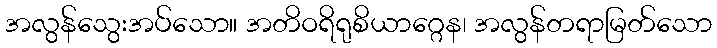
အလွန်သွေးအပ်သော။ အတိဝရိရုစိယာဂ္ဂေန၊ အလွန်တရာမြတ်သော